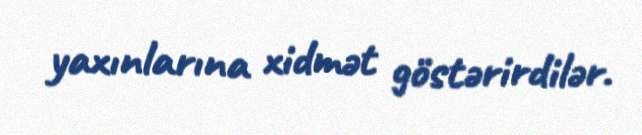
yaxınlarına xidmət göstərirdilər.